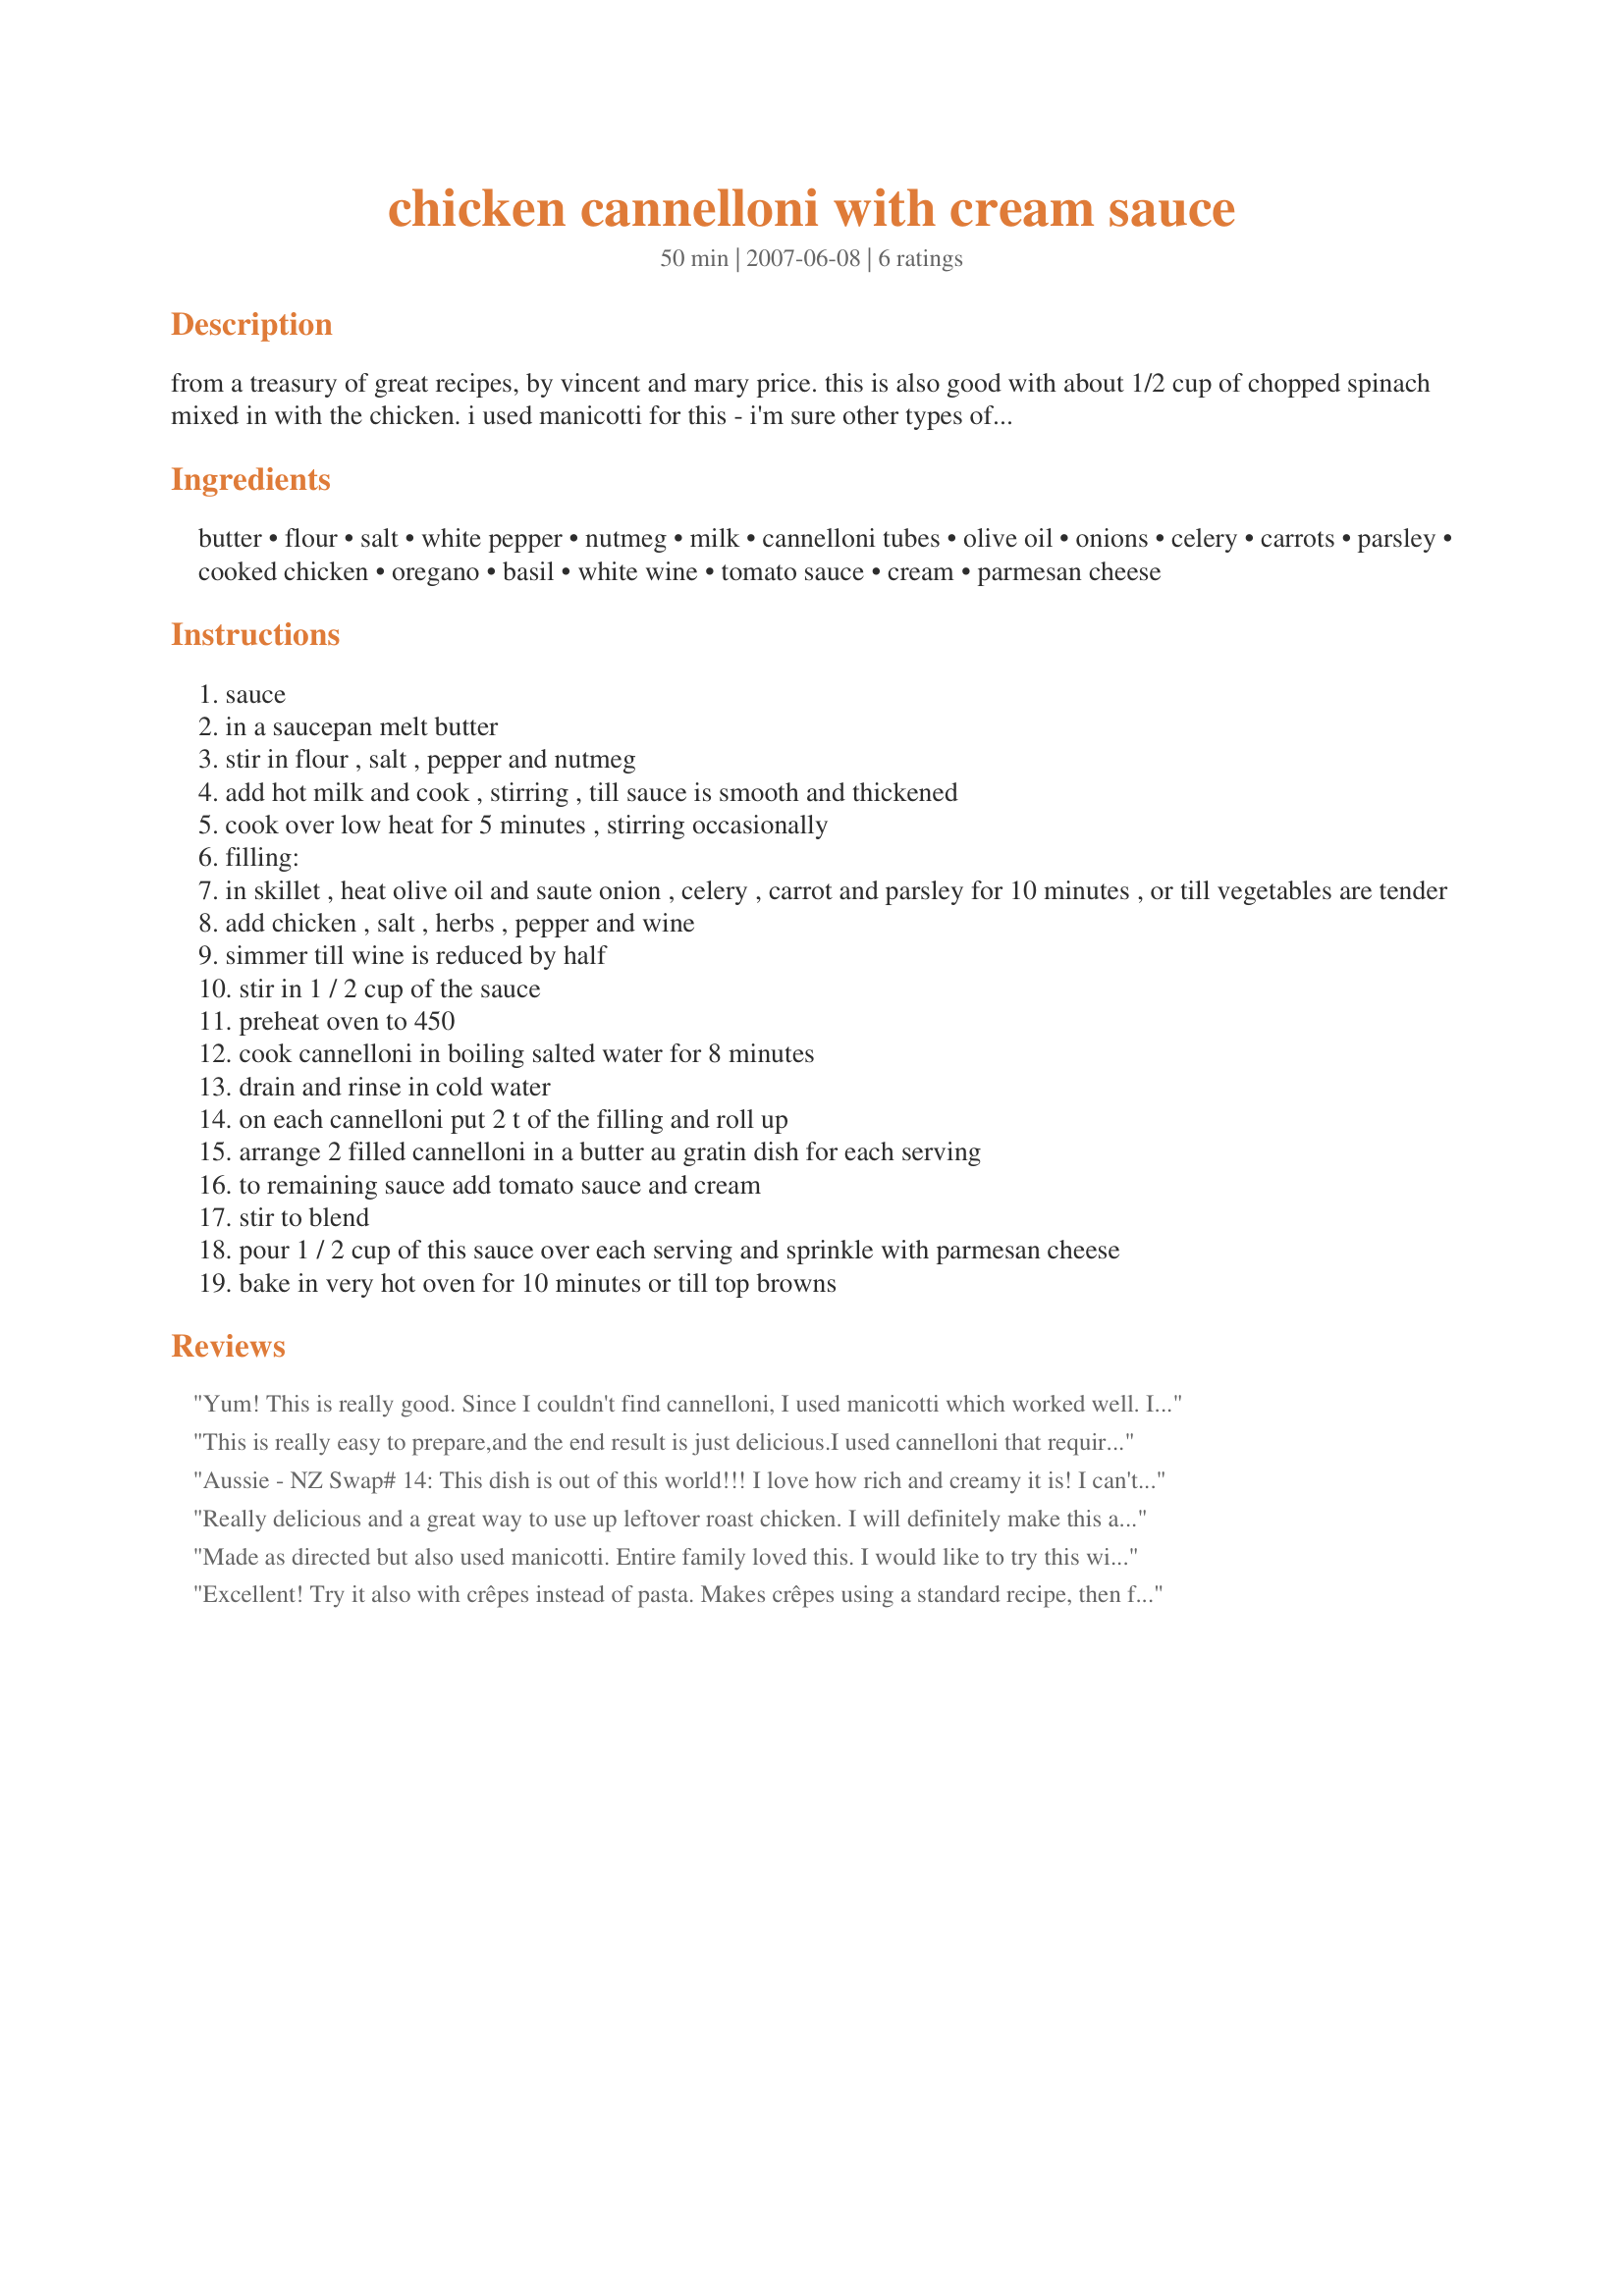
chicken cannelloni with cream sauce
Preparation time: 50 minutes

from a treasury of great recipes, by vincent and mary price. this is also good with about 1/2 cup of chopped spinach mixed in with the chicken. i used manicotti for this - i'm sure other types of stuffable pasta would work as well. this works fine making the whole recipe in a large baking dish/pan.

Ingredients:
butter, flour, salt, white pepper, nutmeg, milk, cannelloni tubes, olive oil, onions, celery, carrots, parsley, cooked chicken, oregano, basil, white wine, tomato sauce, cream, parmesan cheese

Steps:
sauce
in a saucepan melt butter
stir in flour , salt , pepper and nutmeg
add hot milk and cook , stirring , till sauce is smooth and thickened
cook over low heat for 5 minutes , stirring occasionally
filling:
in skillet , heat olive oil and saute onion , celery , carrot and parsley for 10 minutes , or till vegetables are tender
add chicken , salt , herbs , pepper and wine
simmer till wine is reduced by half
stir in 1 / 2 cup of the sauce
preheat oven to 450
cook cannelloni in boiling salted water for 8 minutes
drain and rinse in cold water
on each cannelloni put 2 t of the filling and roll up
arrange 2 filled cannelloni in a butter au gratin dish for each serving
to remaining sauce add tomato sauce and cream
stir to blend
pour 1 / 2 cup of this sauce over each serving and sprinkle with parmesan cheese
bake in very hot oven for 10 minutes or till top browns

Reviews:
Yum! This is really good. Since I couldn't find cannelloni, I used manicotti which worked well. I agree with you that spinach would probably be quite good in this too. Thanks pattikay for another keeper.
This is really easy to prepare,and the end result is just delicious.I used cannelloni that required no pre-cooking,as it's easier to stuff.I also sprinkled my chicken with a little olive oil and Italian seasoning as I grilled it.I made one large dish rather than individual ones.
I had some friends come for supper,and we all ate seconds.Everyone loved it.Thanks Pattikay,I'll be making this again!
Aussie - NZ Swap# 14: This dish is out of this world!!! I love how rich and creamy it is! I can't wait to make this one again!
Really delicious and a great way to use up leftover roast chicken. I will definitely make this again! The only changes I made were: manicotti instead of cannelloni (I needed 6 manicotti for two people) and I used tomato purée instead of tomato sauce, because I happened to have an opened can of it in the fridge. I also only made a 1/2 recipe for the two of us and found that the manicotti would fit in our largest oval au gratin pan.
Made as directed but also used manicotti. Entire family loved this. I would like to try this with spinach next time - these are wonderful and pretty easy to make.
Thanks for a keeper!! 1-2-3 tag
Excellent! Try it also with crêpes instead of pasta. Makes crêpes using a standard recipe, then fill and roll crêpes tucking in the ends. Very delicate.
